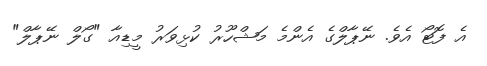
އެ ފޮޓޯ އެވެ. ނޭޕާލްގެ އެންމެ މަޝްހޫރު ކުޅިވަރު މީޑިއާ "ގޯލް ނޭޕާލް"